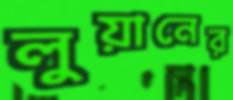
লুয়ানের